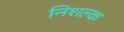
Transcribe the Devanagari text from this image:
निशल्क